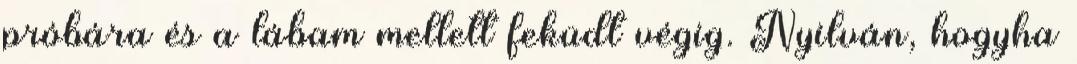
próbára és a lábam mellett feküdt végig. Nyilván, hogyha